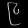
Digit: ၉